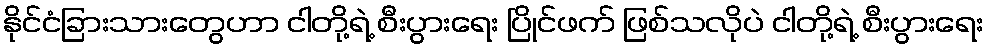
နိုင်ငံခြားသားတွေဟာ ငါတို့ရဲ့ စီးပွားရေး ပြိုင်ဖက် ဖြစ်သလိုပဲ ငါတို့ရဲ့ စီးပွားရေး